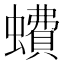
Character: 𧑈